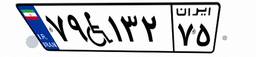
۴۶W۱۷۹۴۸